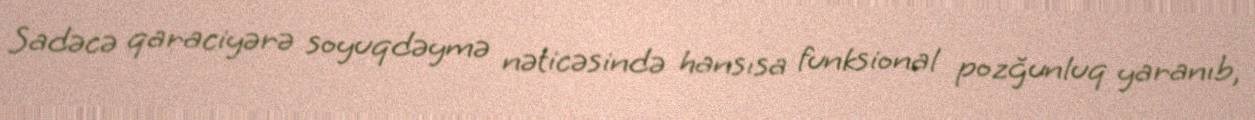
Sadəcə qaraciyərə soyuqdəymə nəticəsində hansısa funksional pozğunluq yaranıb,